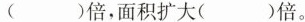
( )倍，面积扩大( )倍。